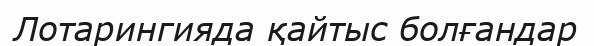
Лотарингияда қайтыс болғандар